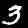
Digit: 3